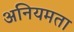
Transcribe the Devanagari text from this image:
अनियमता